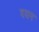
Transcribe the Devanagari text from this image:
दयन